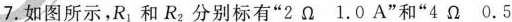
7.如图所示R_{1}和R_{2}分别标有”2Ω 1.0A”和”4Ω 0.5